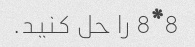
8*8 را حل کنید.